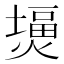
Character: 𤎪